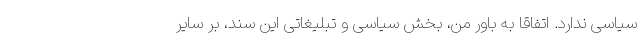
سیاسی ندارد. اتفاقا به باور من، بخش سیاسی و تبلیغاتی این سند، بر سایر